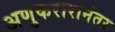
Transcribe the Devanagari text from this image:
अणुकरारानंतर